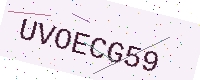
Text: UVOECG59